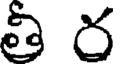
తీ ర